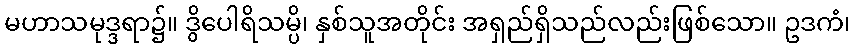
မဟာသမုဒ္ဒရာ၌။ ဒွိပေါရိသမ္ပိ၊ နှစ်သူအတိုင်း အရှည်ရှိသည်လည်းဖြစ်သော။ ဥဒကံ၊